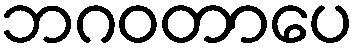
ဘဂဝတာပေ